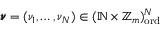
\pmb { \nu } = ( \nu _ { 1 } , \dots , \nu _ { N } ) \in ( \mathbb { N } \times \mathbb { Z } _ { m } ) _ { \mathrm { o r d } } ^ { N }